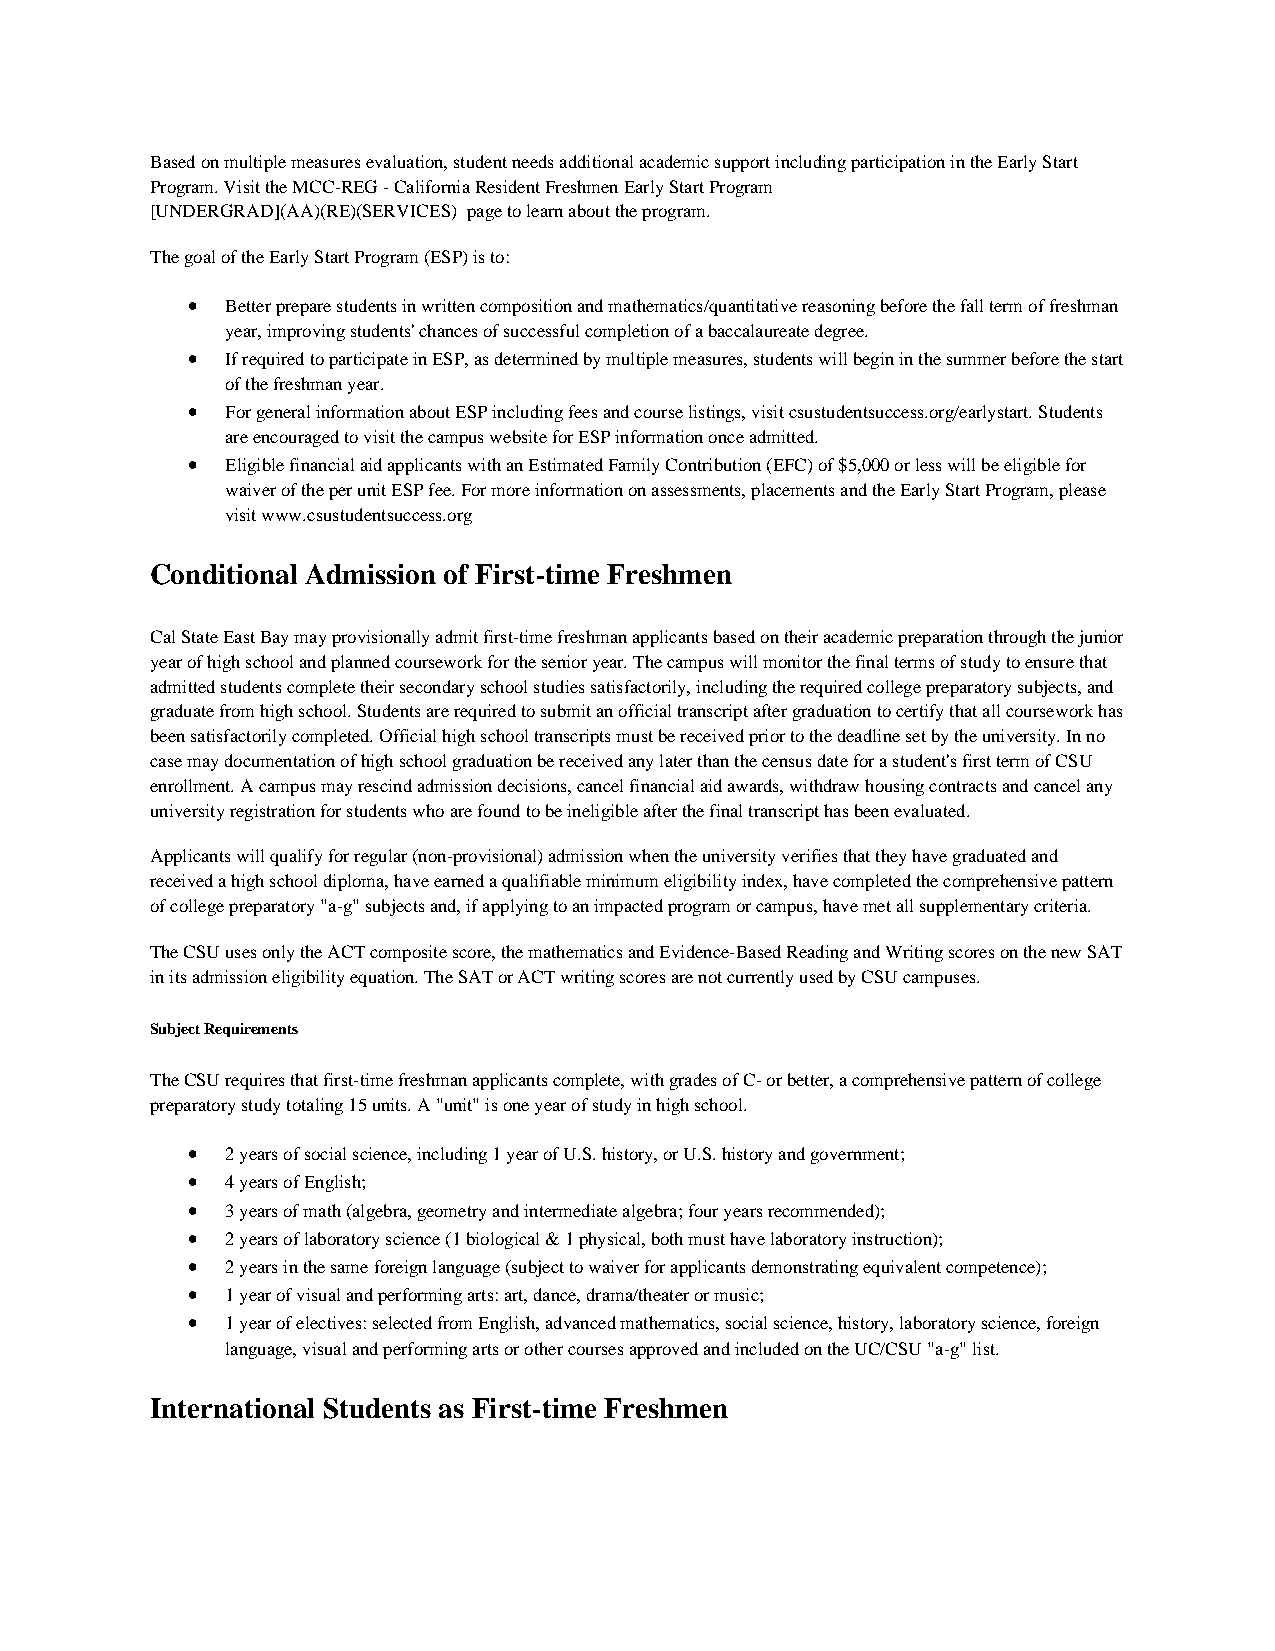
Based on multiple measures evaluation, student needs additional academic support including participation in the Early Start
 Program. Visit the MCC-REG - California Resident Freshmen Early Start Program
 [UNDERGRAD](AA)(RE)(SERVICES) page to learn about the program.
 The goal of the Early Start Program (ESP) is to:
 •  Better prepare students in written composition and mathematics/quantitative reasoning before the fall term of freshman
 year, improving students' chances of successful completion of a baccalaureate degree.
 •  If required to participate in ESP, as determined by multiple measures, students will begin in the summer before the start
 of the freshman year.
 •  For general information about ESP including fees and course listings, visit csustudentsuccess.org/earlystart. Students
 are encouraged to visit the campus website for ESP information once admitted.
 •  Eligible financial aid applicants with an Estimated Family Contribution (EFC) of $5,000 or less will be eligible for
 waiver of the per unit ESP fee. For more information on assessments, placements and the Early Start Program, please
 visit www.csustudentsuccess.org
 Conditional Admission of First-time Freshmen
 Cal State East Bay may provisionally admit first-time freshman applicants based on their academic preparation through the junior
 year of high school and planned coursework for the senior year. The campus will monitor the final terms of study to ensure that
 admitted students complete their secondary school studies satisfactorily, including the required college preparatory subjects, and
 graduate from high school. Students are required to submit an official transcript after graduation to certify that all coursework has
 been satisfactorily completed. Official high school transcripts must be received prior to the deadline set by the university. In no
 case may documentation of high school graduation be received any later than the census date for a student's first term of CSU
 enrollment. A campus may rescind admission decisions, cancel financial aid awards, withdraw housing contracts and cancel any
 university registration for students who are found to be ineligible after the final transcript has been evaluated.
 Applicants will qualify for regular (non-provisional) admission when the university verifies that they have graduated and
 received a high school diploma, have earned a qualifiable minimum eligibility index, have completed the comprehensive pattern
 of college preparatory "a-g" subjects and, if applying to an impacted program or campus, have met all supplementary criteria.
 The CSU uses only the ACT composite score, the mathematics and Evidence-Based Reading and Writing scores on the new SAT
 in its admission eligibility equation. The SAT or ACT writing scores are not currently used by CSU campuses.
 Subject Requirements
 The CSU requires that first-time freshman applicants complete, with grades of C- or better, a comprehensive pattern of college
 preparatory study totaling 15 units. A "unit" is one year of study in high school.
 •  2 years of social science, including 1 year of U.S. history, or U.S. history and government;
 •  4 years of English;
 •  3 years of math (algebra, geometry and intermediate algebra; four years recommended);
 •  2 years of laboratory science (1 biological & 1 physical, both must have laboratory instruction);
 •  2 years in the same foreign language (subject to waiver for applicants demonstrating equivalent competence);
 •  1 year of visual and performing arts: art, dance, drama/theater or music;
 •  1 year of electives: selected from English, advanced mathematics, social science, history, laboratory science, foreign
 language, visual and performing arts or other courses approved and included on the UC/CSU "a-g" list.
 International Students as First-time Freshmen